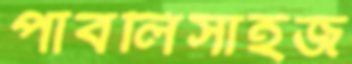
পাবলিসাইজ